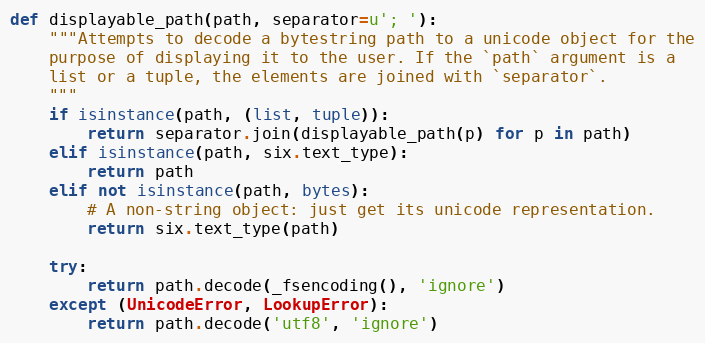
Language: Python
def displayable_path(path, separator=u'; '):
    """Attempts to decode a bytestring path to a unicode object for the
    purpose of displaying it to the user. If the `path` argument is a
    list or a tuple, the elements are joined with `separator`.
    """
    if isinstance(path, (list, tuple)):
        return separator.join(displayable_path(p) for p in path)
    elif isinstance(path, six.text_type):
        return path
    elif not isinstance(path, bytes):
        # A non-string object: just get its unicode representation.
        return six.text_type(path)

    try:
        return path.decode(_fsencoding(), 'ignore')
    except (UnicodeError, LookupError):
        return path.decode('utf8', 'ignore')